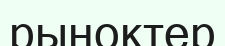
рыноктер